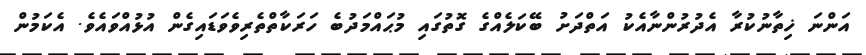
އަންނަ ޚިތާނުކުރާ އެދުރުންނާއެކު އަތްދަށު ބޭކަލެއްގެ ގޮތުގައި މުޙައްމަދުބެ ހަރަކާތްތެރިވެވަޑައިގެން އުޅުއްވައެވެ. އެކަމުން